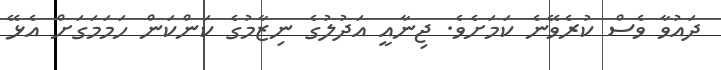
ދައުވާ ވެސް ކުރެވޭނެ ކަމަށެވެ. ޖިނާއީ އަދުލުގެ ނިޒާމުގެ ކަންކަން ހަމަމަގަށް އެޅޭ